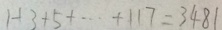
1 + 3 + 5 + \cdots + 1 1 7 = 3 4 8 1